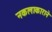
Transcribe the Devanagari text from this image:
नकलाकाराने